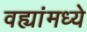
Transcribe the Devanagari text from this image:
वह्यांमध्ये